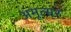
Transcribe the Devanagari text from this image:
अमृत्सर